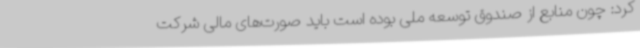
کرد: چون منابع از صندوق توسعه ملی بوده است باید صورت‌های مالی شرکت